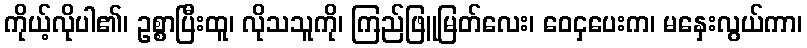
ကိုယ့်လိုပါ၏၊ ဥစ္စာပြီးထူ၊ လိုသသူကို၊ ကြည်ဖြူမြတ်လေး၊ ဝေငှပေးက၊ မနှေးလွယ်ကာ၊